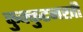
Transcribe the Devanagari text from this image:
कुक्कुटनखी